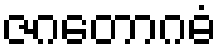
ဇဂတောဂဓံ